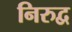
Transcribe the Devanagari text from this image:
निरुद्व